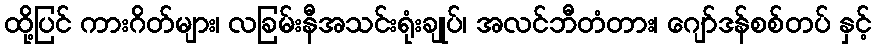
ထို့ပြင် ကားဂိတ်များ၊ လခြမ်းနီအသင်းရုံးချုပ်၊ အလင်ဘီတံတား၊ ဂျော်ဒန်စစ်တပ် နှင့်